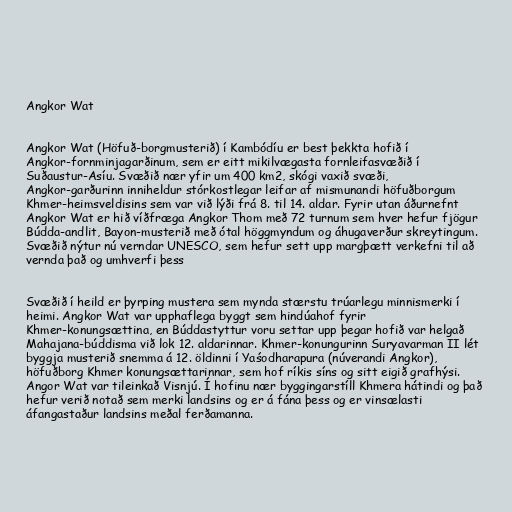
Angkor Wat

Angkor Wat (Höfuð-borgmusterið) í Kambódíu er best þekkta hofið í
Angkor-fornminjagarðinum, sem er eitt mikilvægasta fornleifasvæðið í
Suðaustur-Asíu. Svæðið nær yfir um 400 km2, skógi vaxið svæði,
Angkor-garðurinn inniheldur stórkostlegar leifar af mismunandi höfuðborgum
Khmer-heimsveldisins sem var við lýði frá 8. til 14. aldar. Fyrir utan áðurnefnt
Angkor Wat er hið víðfræga Angkor Thom með 72 turnum sem hver hefur fjögur
Búdda-andlit, Bayon-musterið með ótal höggmyndum og áhugaverður skreytingum.
Svæðið nýtur nú verndar UNESCO, sem hefur sett upp margþætt verkefni til að
vernda það og umhverfi þess

Svæðið í heild er þyrping mustera sem mynda stærstu trúarlegu minnismerki í
heimi. Angkor Wat var upphaflega byggt sem hindúahof fyrir
Khmer-konungsættina, en Búddastyttur voru settar upp þegar hofið var helgað
Mahajana-búddisma við lok 12. aldarinnar. Khmer-konungurinn Suryavarman II lét
byggja musterið snemma á 12. öldinni í Yaśodharapura (núverandi Angkor),
höfuðborg Khmer konungsættarinnar, sem hof ríkis síns og sitt eigið grafhýsi.
Angor Wat var tileinkað Visnjú. Í hofinu nær byggingarstíll Khmera hátindi og það
hefur verið notað sem merki landsins og er á fána þess og er vinsælasti
áfangastaður landsins meðal ferðamanna.